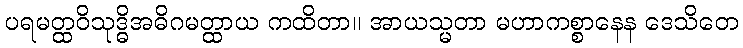
ပရမတ္ထဝိသုဒ္ဓိအဓိဂမတ္ထာယ ကထိတာ။ အာယသ္မတာ မဟာကစ္စာနေန ဒေသိတေ